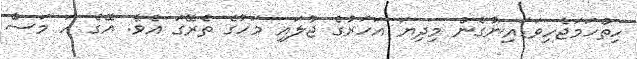
ހިތްހަމަޖެހިވަޑައިނުގެން މިދިޔަ އަހަރުގެ ޖުލައި މަހުގެ ތެރޭގަ އެވެ. އޭގެ ހަ މަސް